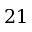
2 1